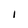
Character: 1